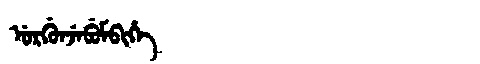
Manchu: ᡠᡵᡤᡠᠨᠵᡝᠪᡠᠮᠪᡳᡥᡝ
Romanization: URGUNJEBUMBIHE